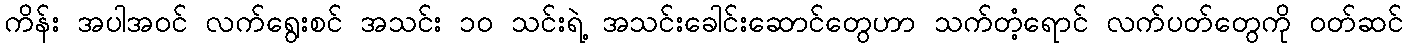
ကိန်း အပါအဝင် လက်ရွေးစင် အသင်း ၁၀ သင်းရဲ့ အသင်းခေါင်းဆောင်တွေဟာ သက်တံ့ရောင် လက်ပတ်တွေကို ဝတ်ဆင်